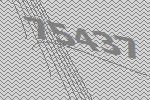
75437